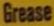
Grease